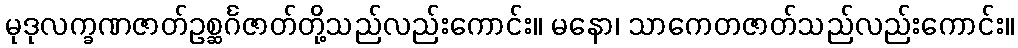
မုဒုလက္ခဏဇာတ်ဥစ္ဆင်္ဂဇာတ်တို့သည်လည်းကောင်း။ မနော၊ သာကေတဇာတ်သည်လည်းကောင်း။